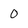
Character: 0